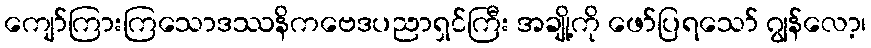
ကျော်ကြားကြသောဒဿနိကဗေဒပညာရှင်ကြီး အချို့ကို ဖော်ပြရသော် ဂျွန်လော့၊